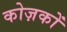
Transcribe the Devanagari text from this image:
कोज़कों